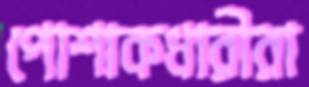
পোশাকধারীরা